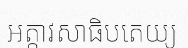
អត្តាវសាធិបតេយ្យ